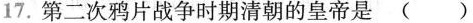
17. 第二次鸦片战争时期清朝的皇帝是（）